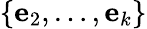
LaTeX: \{ \mathbf{e}_{2},\ldots,\mathbf{e}_{k}\}